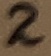
Text: 2